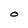
Character: O